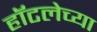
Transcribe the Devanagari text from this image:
हॉटलेच्या